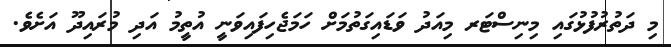
މި ދަތުރުފުޅުގައި މިނިސްޓަރ މިއަދު ވަޑައިގަތުމަށް ހަމަޖެހިފައިވަނީ އުތީމު އަދި މުރައިދޫ އަށެވެ.